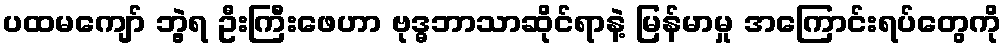
ပထမကျော် ဘွဲ့ရ ဦးကြီးဖေဟာ ဗုဒ္ဓဘာသာဆိုင်ရာနဲ့ မြန်မာမှု အကြောင်းရပ်တွေကို